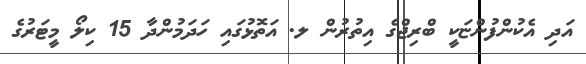
އަދި އެކުންފުންޏަކީ ބްރިޖްގެ އިތުރުން ލ. އަތޮޅުގައި ހަދަމުންދާ 15 ކިލޯ މީޓަރުގެ